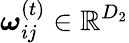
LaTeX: \boldsymbol{\omega}_{ij}^{(t)}\in\mathbb{R}^{D_{2}}